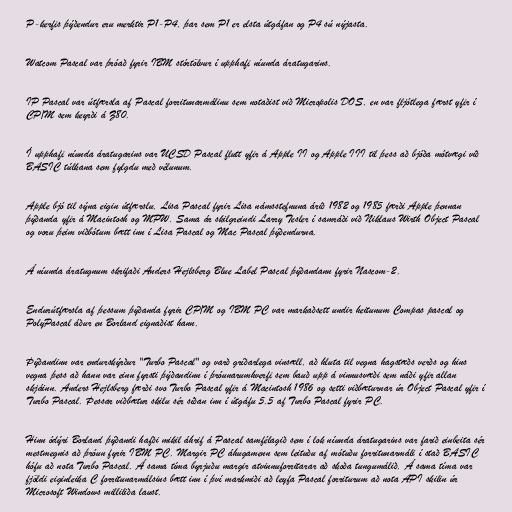
P-kerfis þýðendur eru merktir P1-P4, þar sem P1 er elsta útgáfan og P4 sú nýjasta.

Watcom Pascal var þróað fyrir IBM stórtölvur í upphafi níunda áratugarins.

IP Pascal var útfærsla af Pascal forritunarmálinu sem notaðist við Micropolis DOS, en var fljótlega færst yfir í
CP/M sem keyrði á Z80.

Í upphafi níunda áratugarins var UCSD Pascal flutt yfir á Apple II og Apple III til þess að bjóða mótvægi við
BASIC túlkana sem fylgdu með vélunum.

Apple bjó til sýna eigin útfærslu, Lisa Pascal fyrir Lisa námsstefnuna árið 1982 og 1985 færði Apple þennan
þýðanda yfir á Macintosh og MPW. Sama ár skilgreindi Larry Tesler í samráði við Niklaus Wirth Object Pascal
og voru þeim viðbótum bætt inn í Lisa Pascal og Mac Pascal þýðendurna.

Á níunda áratugnum skrifaði Anders Hejlsberg Blue Label Pascal þýðandann fyrir Nascom-2.

Endurútfærsla af þessum þýðanda fyrir CP/M og IBM PC var markaðsett undir heitunum Compas pascal og
PolyPascal áður en Borland eignaðist hann.

Þýðandinn var endurskýrður "Turbo Pascal" og varð gríðarlega vinsæll, að hluta til vegna hagstæðs verðs og hins
vegna þess að hann var einn fyrsti þýðandinn í þróunarumhverfi sem bauð upp á vinnusvæði sem náði yfir allan
skjáinn. Anders Hejlsberg færði svo Turbo Pascal yfir á Macintosh 1986 og setti viðbæturnar úr Object Pascal yfir í
Turbo Pascal. Þessar viðbætur skilu sér síðan inn í útgáfu 5.5 af Turbo Pascal fyrir PC.

Hinn ódýri Borland þýðandi hafði mikil áhrif á Pascal samfélagið sem í lok níunda áratugarins var farið einbeita sér
mestmegnis að þróun fyrir IBM PC. Margir PC áhugamenn sem leituðu af mótuðu forritunarmáli í stað BASIC
hófu að nota Turbo Pascal. Á sama tíma byrjuðu margir atvinnuforritarar að skoða tungumálið. Á sama tíma var
fjöldi eiginleika C forritunarmálsins bætt inn í því markmiði að leyfa Pascal forriturum að nota API skilin úr
Microsoft Windows milliliða laust.